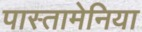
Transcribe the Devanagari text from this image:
पास्तामेनिया